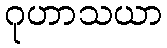
ဂုဟာသယာ